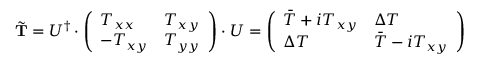
\tilde { { \bf T } } = U ^ { \dagger } \cdot \left( \begin{array} { l l } { T _ { x x } } & { T _ { x y } } \\ { - T _ { x y } } & { T _ { y y } } \end{array} \right) \cdot U = \left( \begin{array} { l l } { \bar { T } + i T _ { x y } } & { \Delta T } \\ { \Delta T } & { \bar { T } - i T _ { x y } } \end{array} \right)